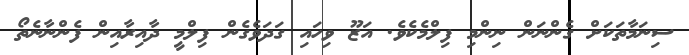
ސިނަމާތަކަށް ގެންނަން ނިންމި ފިލްމެކެވެ. އަޒޫ ވިހައި ގަދަވެގެން ފިލްމީ ދާއިރާއިން ފެންނާނެތޯ